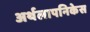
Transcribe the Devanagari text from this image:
अर्थलापनिकेस